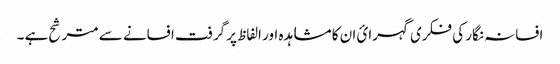
افسانہ نگار کی فکری گہرائ ان کا مشاہدہ اور الفاظ پر گرفت افسانے سے مترشح ہے ۔